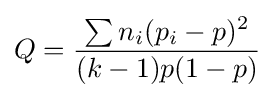
Q={\frac {\sum {n_{i}(p_{i}-p)^{2}}}{(k-1)p(1-p)}}